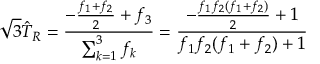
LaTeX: \sqrt { 3 } \hat { T } _ { R } = { \frac { - { \frac { f _ { 1 } + f _ { 2 } } { 2 } } + f _ { 3 } } { \sum _ { k = 1 } ^ { 3 } f _ { k } } } = { \frac { - { \frac { f _ { 1 } f _ { 2 } ( f _ { 1 } + f _ { 2 } ) } { 2 } } + 1 } { f _ { 1 } f _ { 2 } ( f _ { 1 } + f _ { 2 } ) + 1 } }